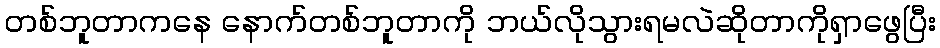
တစ်ဘူတာကနေ နောက်တစ်ဘူတာကို ဘယ်လိုသွားရမလဲဆိုတာကိုရှာဖွေပြီး